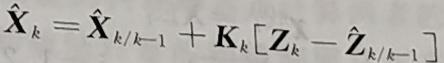
$\hat{\mathbf{X}}_{k}=\hat{\mathbf{X}}_{k / k - 1}+\mathbf{K}_{k}\left[\mathbf{Z}_{k}-\hat{\mathbf{Z}}_{k / k - 1}\right]$